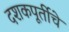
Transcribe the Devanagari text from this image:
दशकपूर्तीचे